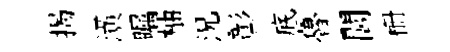
揭潢瞩柚況彰底魯閭栅